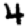
Digit: 4